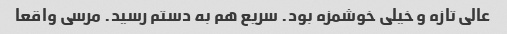
عالی تازه و خیلی خوشمزه بود. سریع هم به دستم رسید. مرسی واقعا